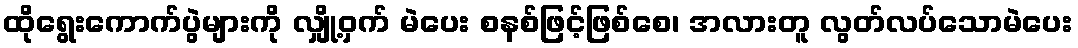
ထိုရွေးကောက်ပွဲများကို လျှို့ဝှက် မဲပေး စနစ်ဖြင့်ဖြစ်စေ၊ အလားတူ လွတ်လပ်သောမဲပေး